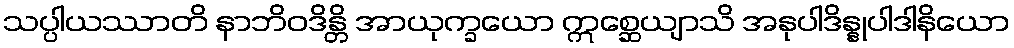
သပ္ပါယဿာတိ နာဘိဝဒိန္တိ အာယုက္ခယော ဣစ္ဆေယျာသိ အနုပါဒိန္နုပါဒါနိယော